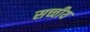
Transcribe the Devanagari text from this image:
सच्चीय